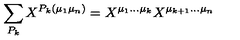
\sum _ { P _ { k } } X ^ { P _ { k } ( \mu _ { 1 } \mu _ { n } ) } = X ^ { \mu _ { 1 } \ldots \mu _ { k } } X ^ { \mu _ { k + 1 } \ldots \mu _ { n } }